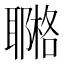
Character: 鿤